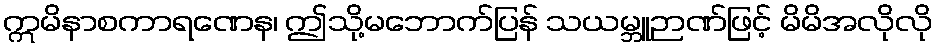
ဣမိနာစကာရဏေန၊ ဤသို့မဘောက်ပြန် သယမ္ဘူဉာဏ်ဖြင့် မိမိအလိုလို